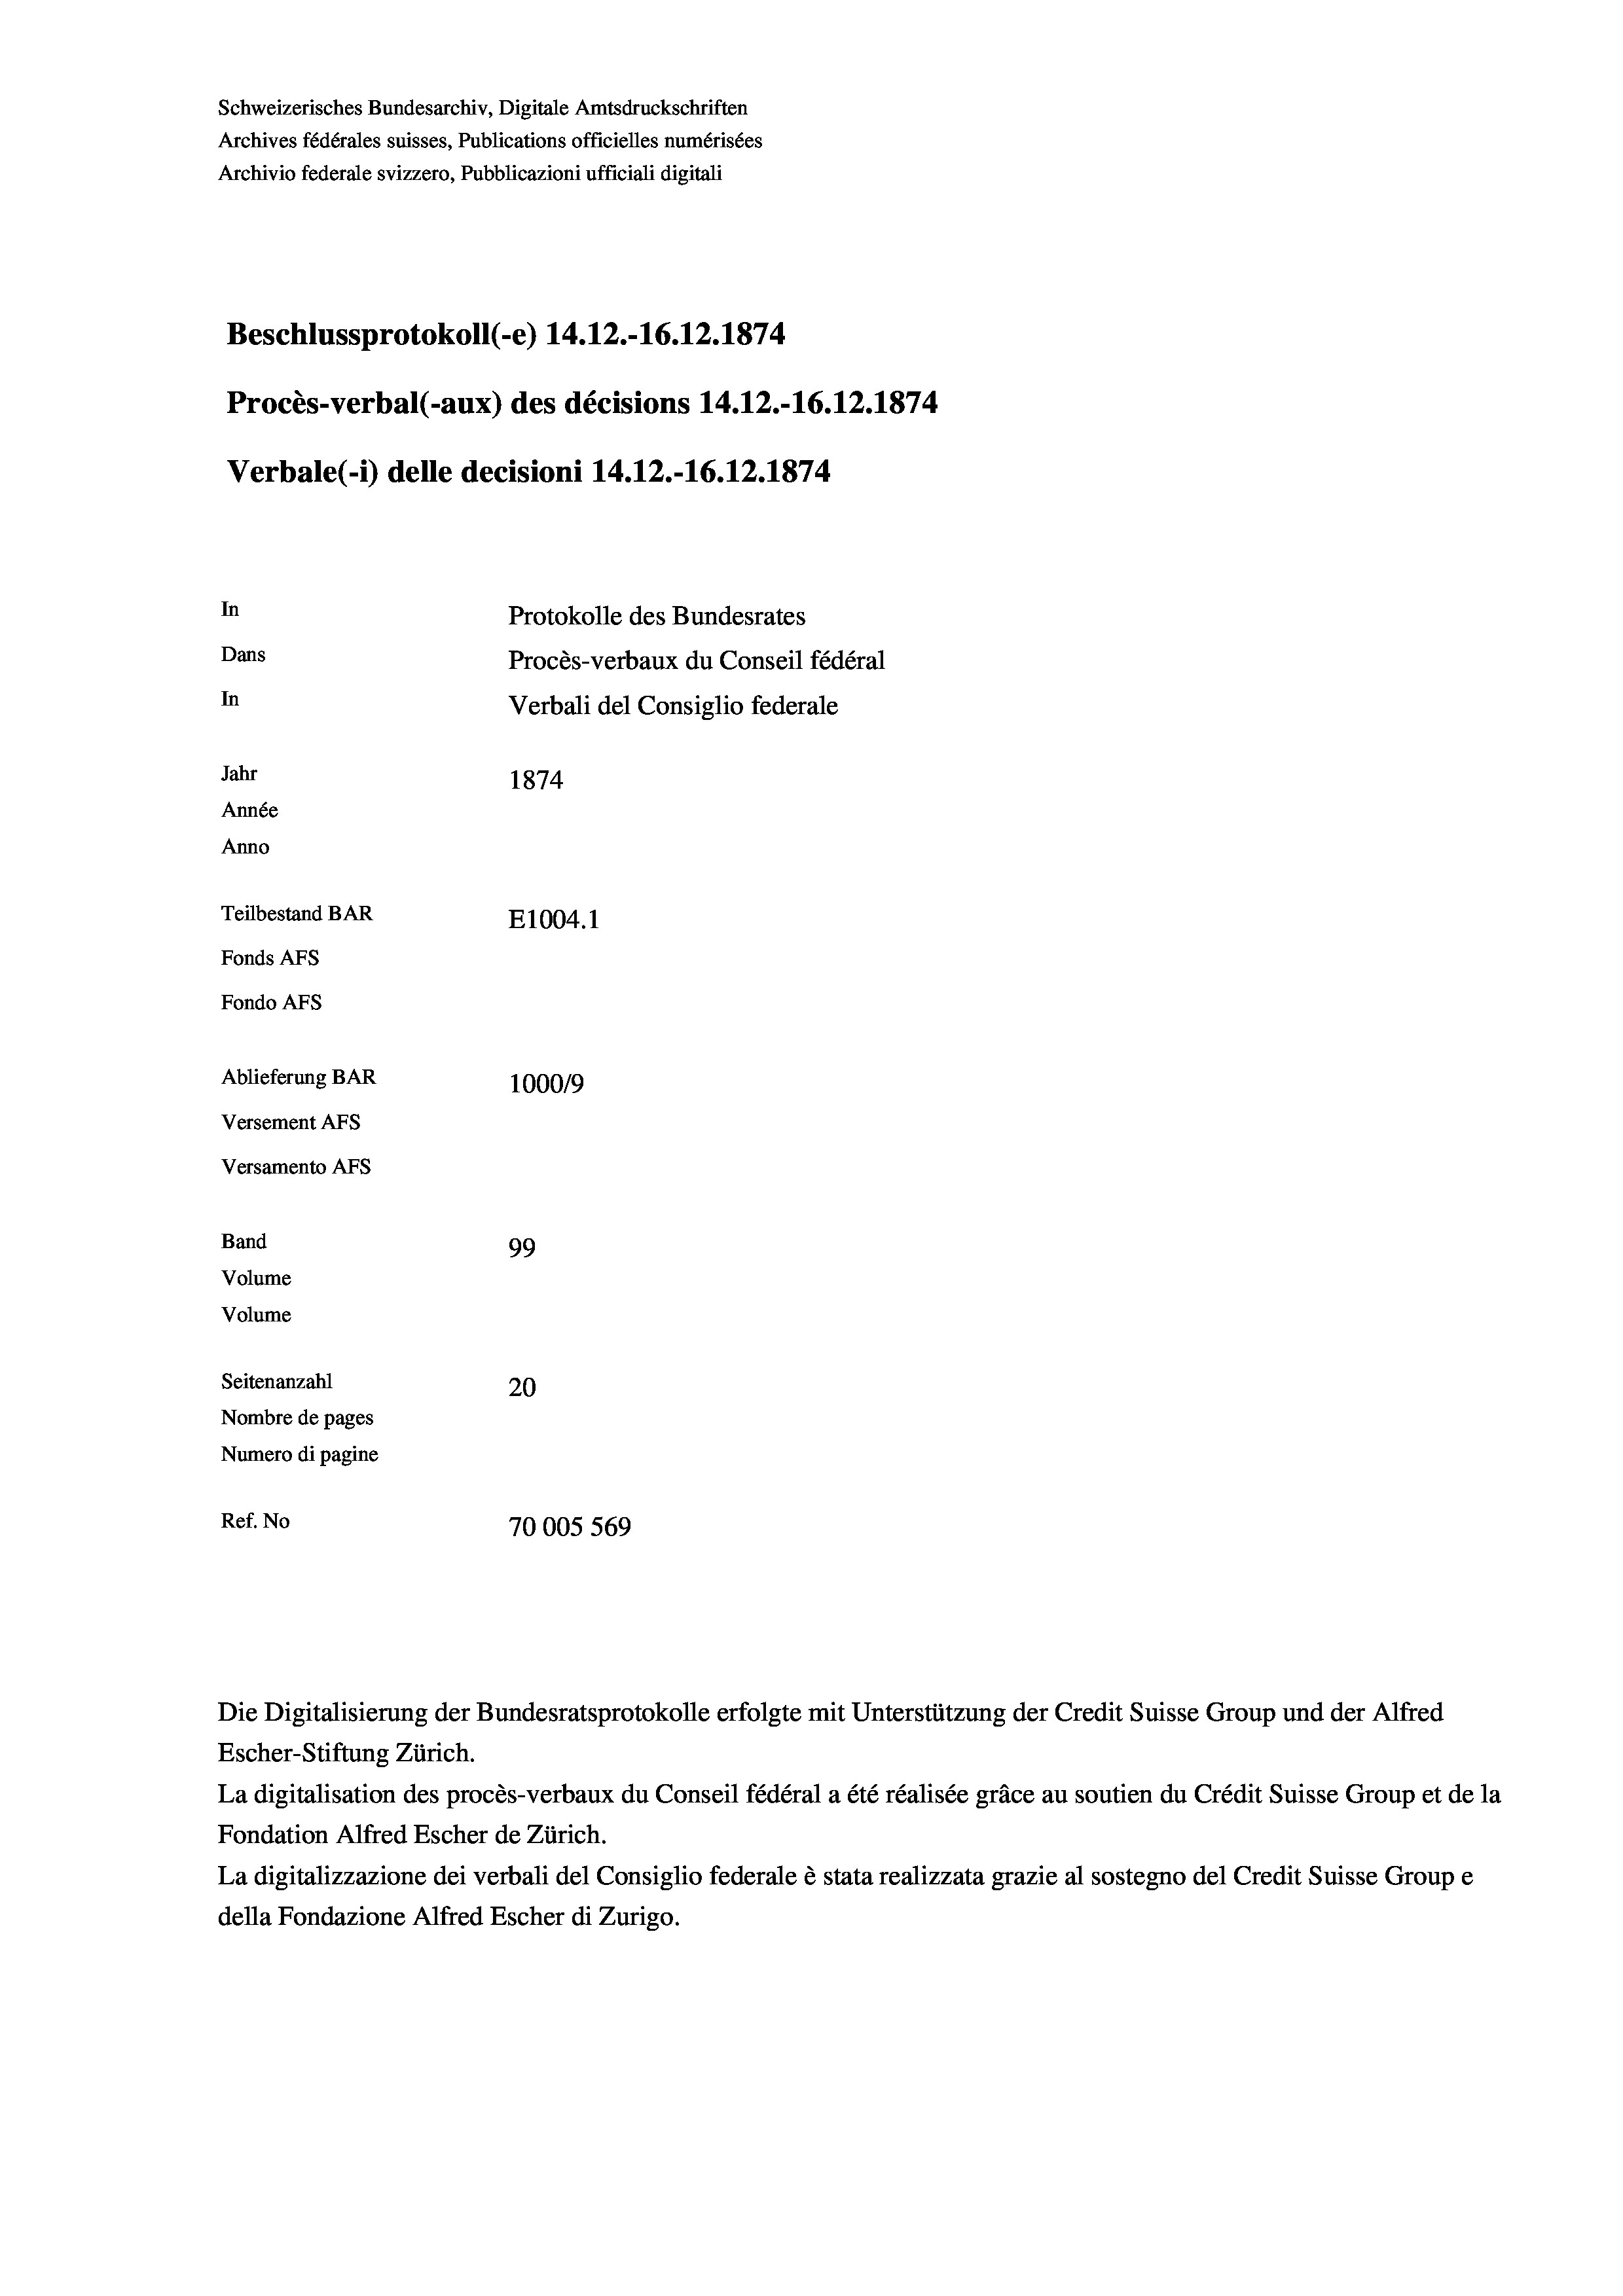
Schweizerisches Bundesarchiv, Digitale Amtsdruckschriften
Archives fédérales suisses, Publications officielles numérisées
Archivio federale svizzero, Pubblicazioni ufficiali digitali
Beschlussprotokoll (-e) 14.12.-16.12.1874
Procès-verbal (-aux) des décisions 14.12.-16.12.1874
Verbale(-*) delle decisioni 14.12.-16.12.1874
In
Protokolle des Bundesrates
Dans
Procès-verbaux du Conseil fédéral
In
Verbali del Consiglio federale
Jahr
1874
Année
Anno
Teilbestand BAR
E1004. 1
Fonds AFs
Fondo Afs
Ablieferung BAR
100019
Versement AFs
Versamento Afs
Band
99
Volume
Volume
Seitenanzahl
20
Nombre de pages
Numero di pagine
Ref. No
70005 569

Die Digitalisierung der Bundesratsprotokolle erfolgte mit Unterstützung der Credit Suisse Group und der Alfred
Escher-Stiftung Zürich.
La digitalisation des procès-verbaux du Conseil fédéral a été réalisée gräce au soutien du Crédit Suisse Group et de la
Fondation Alfred Escher de Zürich.
La digitalizzazione dei verbali del Consiglio federale è stata realizzata grazie al sostegno del Credit Suisse Groupe
della Fondazione Alfred Escher di Zurigo.